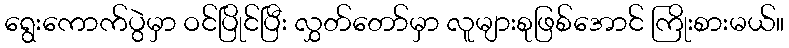
ရွေးကောက်ပွဲမှာ ဝင်ပြိုင်ပြီး လွှတ်တော်မှာ လူများစုဖြစ်အောင် ကြိုးစားမယ်။